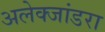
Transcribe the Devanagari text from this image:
अलेक्जांडरा